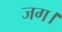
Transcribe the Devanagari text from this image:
जग।